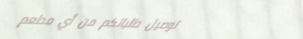
توصيل طلباتكم من أي مطعم